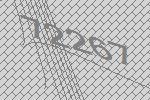
72267